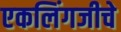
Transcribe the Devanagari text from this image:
एकलिंगजीचे